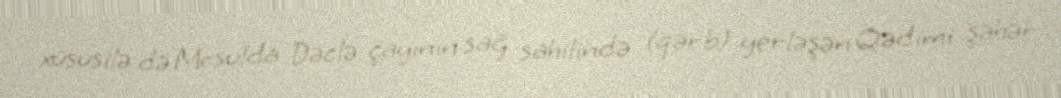
xüsusilə də Mosulda Dəclə çayının sağ sahilində (qərb) yerləşən Qədimi şəhər